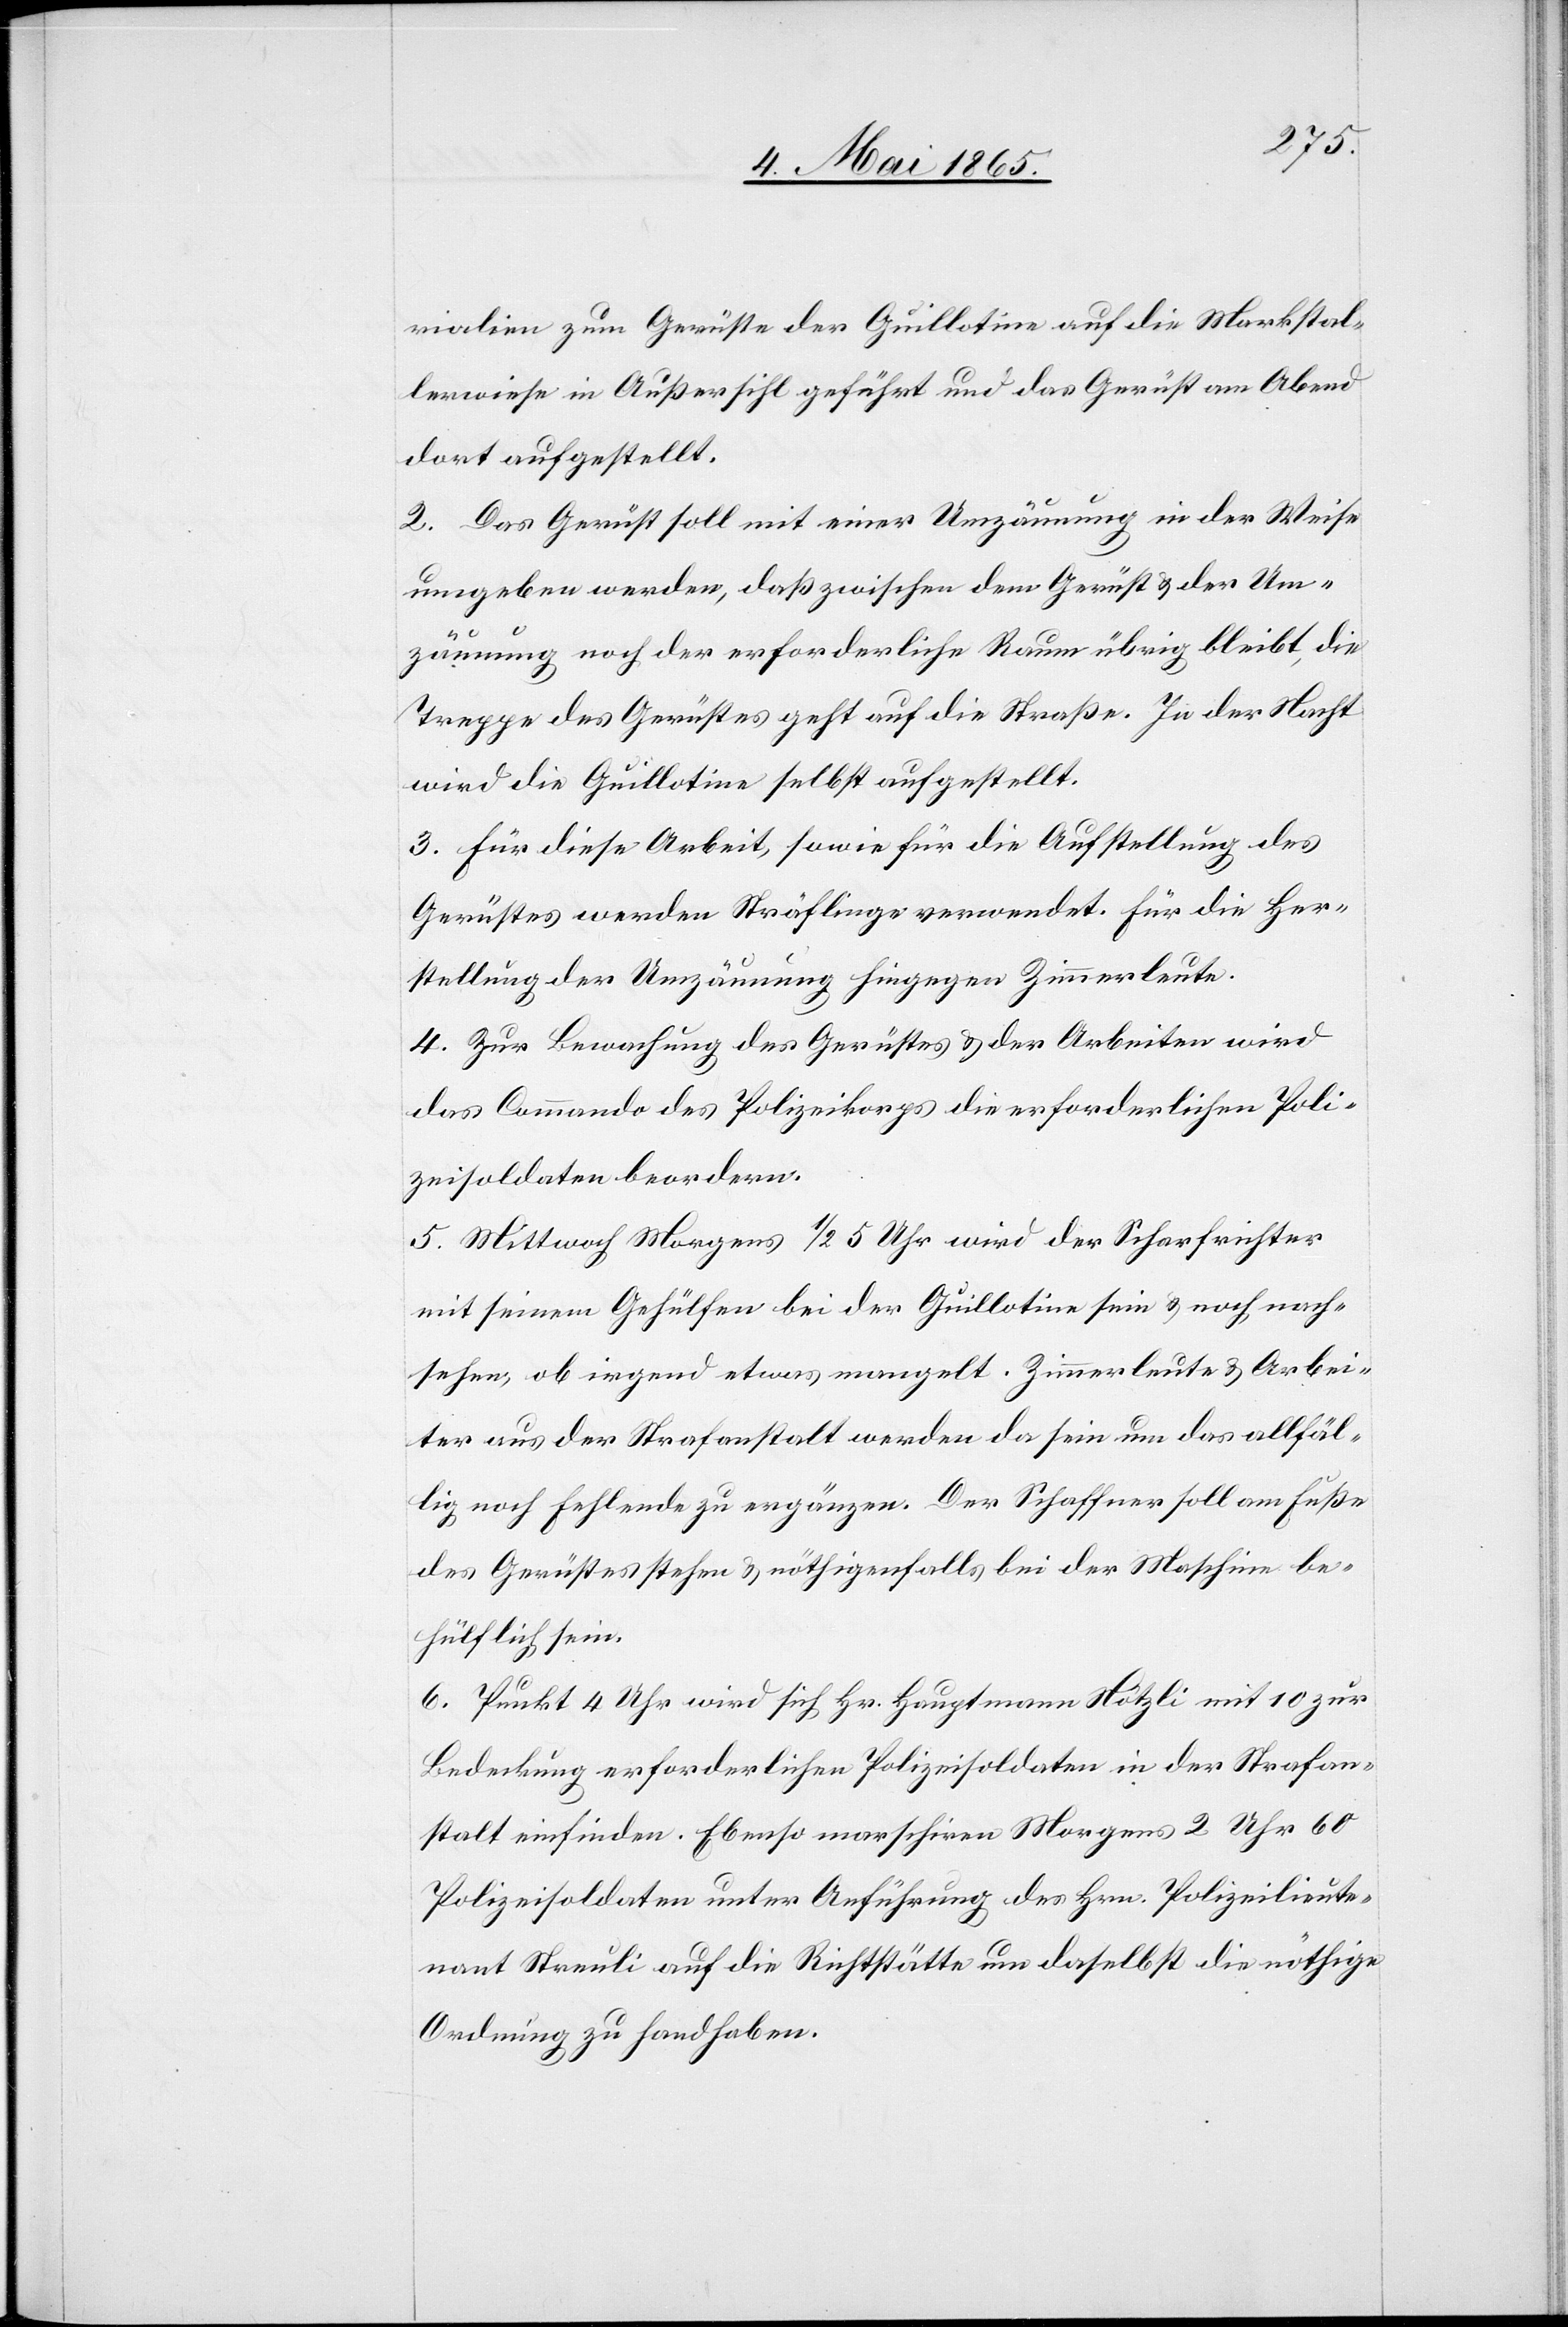
rialien zum Gerüste der Guillotine auf die Markstal¬
lerwiese in Außersihl geführt und das Gerüst am Abend
dort aufgestellt.
2. Das Gerüst soll mit einer Umzäunung in der Weise
umgeben werden, daß zwischen dem Gerüst & der Um¬
zäunung noch der erforderliche Raum übrig bleibt, die
Treppe des Gerüstes geht auf die Straße. In der Nacht
wird die Guillotine selbst aufgestellt.
3. Für diese Arbeit, sowie für die Aufstellung des
Gerüstes werden Sträflinge verwendet. Für die Her¬
stellung der Umzäunung hingegen Zimmerleute.
4. Zur Bewachung des Gerüstes & der Arbeiten wird
das Commando des Polizeikorps die erforderlichen Poli¬
zeisoldaten beordern.
5. Mittwoch Morgens ½ 5 Uhr wird der Scharfrichter
mit seinem Gehülfen bei der Guillotine sein & noch nach¬
sehen, ob irgend etwas mangelt. Zimmerleute & Arbei¬
ter aus der Strafanstalt werden da sein um das allfäl¬
lig noch fehlende zu ergänzen. Der Schaffner soll am Fuße
des Gerüstes stehen & nöthigenfalls bei der Maschine be¬
hülflich sein.
6. Punkt 4 Uhr wird sich Hr. Hauptmann Nötzli mit 10 zur
Bedeckung erforderlichen Polizeisoldaten in der Strafan¬
stalt einfinden. Ebenso marschiren Morgens 2 Uhr 60
Polizeisoldaten unter Anführung des Hrn. Polizeilieute¬
nant Streuli auf die Richtstätte um daselbst die nöthige
Ordnung zu handhaben.